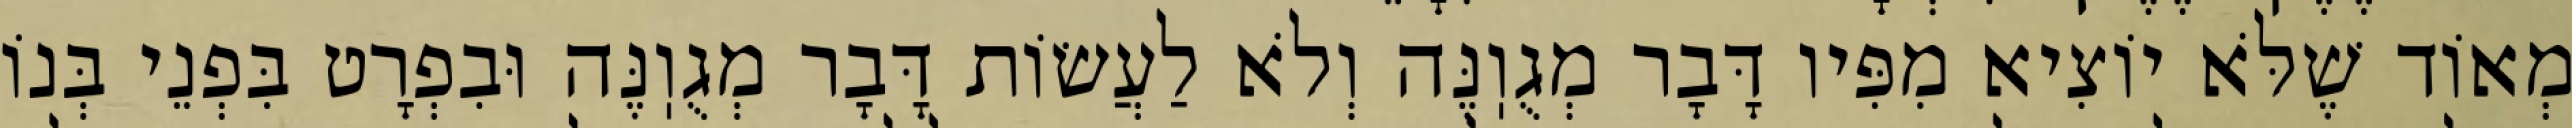
מְאוֹד שֶׁלֹּא יוֹצִיא מִפִּיו דָּבָר מְגֻוֽנֶּה וְלֹא לַעֲשׂוֹת דָּבָר מְגֻוֽנֶּה וּבִפְרָט בִּפְנֵי בְּנוֹ